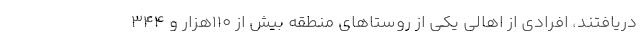
دریافتند، افرادی از اهالی یکی از روستاهای منطقه بیش از 110هزار و 344